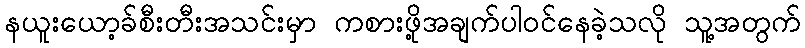
နယူးယော့ခ်စီးတီးအသင်းမှာ ကစားဖို့အချက်ပါဝင်နေခဲ့သလို သူ့အတွက်